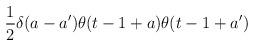
LaTeX: \begin{align*}\frac{1}{2}\delta (a-a')\theta (t-1+a)\theta (t-1+a')\end{align*}